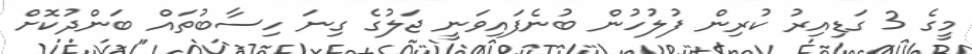
މީގެ 3 ގަޑިއިރު ކުރިން ފުލުހުން ބުނެފައިވަނީ ޖަލުގެ ގިނަ ހިސާބުތައް ބަންދުކޮށް